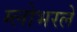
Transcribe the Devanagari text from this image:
ग्लोभरले